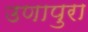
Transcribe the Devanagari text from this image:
उणापुरा